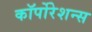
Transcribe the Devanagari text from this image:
कॉर्पोरेशन्‍स